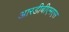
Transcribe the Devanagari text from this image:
आरडीबीएमएस